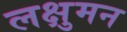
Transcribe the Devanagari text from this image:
लक्षुमन